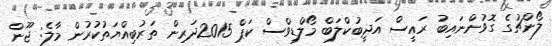
ލޯންޗުގެ ގޮވުންނައިބު ރައީސް އަދީބުކްލަބް މޯލްޑިވްސް ކަޕް 2015ދަރިން ތަރުބިއްޔަތުކުރުން މާލެ: ޖޫން